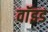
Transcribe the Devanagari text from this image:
वाॅइड